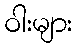
ဝါးများ